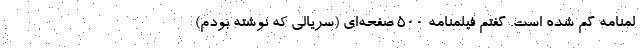
لمنامه گم شده است. گفتم فیلمنامه 500 صفحه‌ای (سریالی که نوشته بودم)